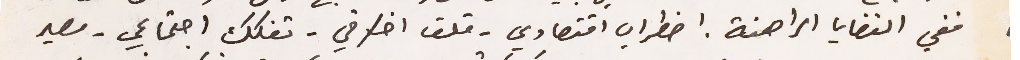
ففي القضايا الراهنة: اضطراب اقتصادي - قلق اخلاقي - تفكك اجتماعي - مصير